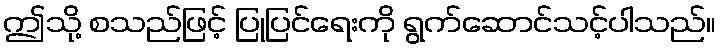
ဤသို့ စသည်ဖြင့် ပြုပြင်ရေးကို ရွက်ဆောင်သင့်ပါသည်။